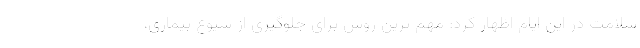
سلامت در این ایام اظهار کرد: مهم ترین روش برای جلوگیری از شیوع بیماری،